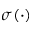
\sigma ( \cdot )